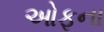
ઓફના